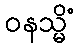
ဝနသ္မိံ